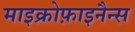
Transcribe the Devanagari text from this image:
माइक्रोफ़ाइनैन्स